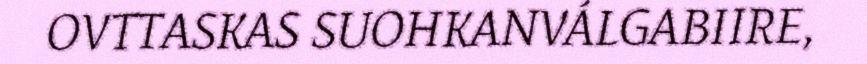
OVTTASKAS SUOHKANVÁLGABIIRE,